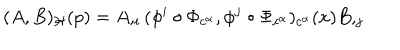
( A , B ) _ { \cal H } ( p ) = A , _ { i } ( \phi ^ { i } \circ \Phi _ { c ^ { \alpha } } , \phi ^ { j } \circ \Phi _ { c ^ { \alpha } } ) _ { c ^ { \alpha } } ( x ) B , _ { j }